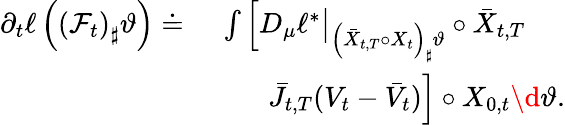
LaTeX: \begin{array}{rl}{\partial_{t}\ell\left(\left(\mathcal F_{t}\right)_{\sharp}\vartheta\right)\doteq}&{\ \int\Big[D_{\mu}\ell^{*}\big|_{\left(\bar{X}_{t,T}\circ X_{t}\right)_{\sharp}\vartheta}\circ\bar{X}_{t,T}}\\ &{\qquad\bar{J}_{t,T}(V_{t}-\bar{V}_{t})\Big]\circ X_{0,t}\d\vartheta.}\end{array}